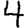
Digit: 4